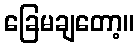
ခြေမချတော့။